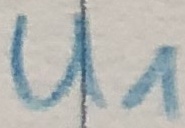
Text: U1